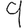
Digit: 9